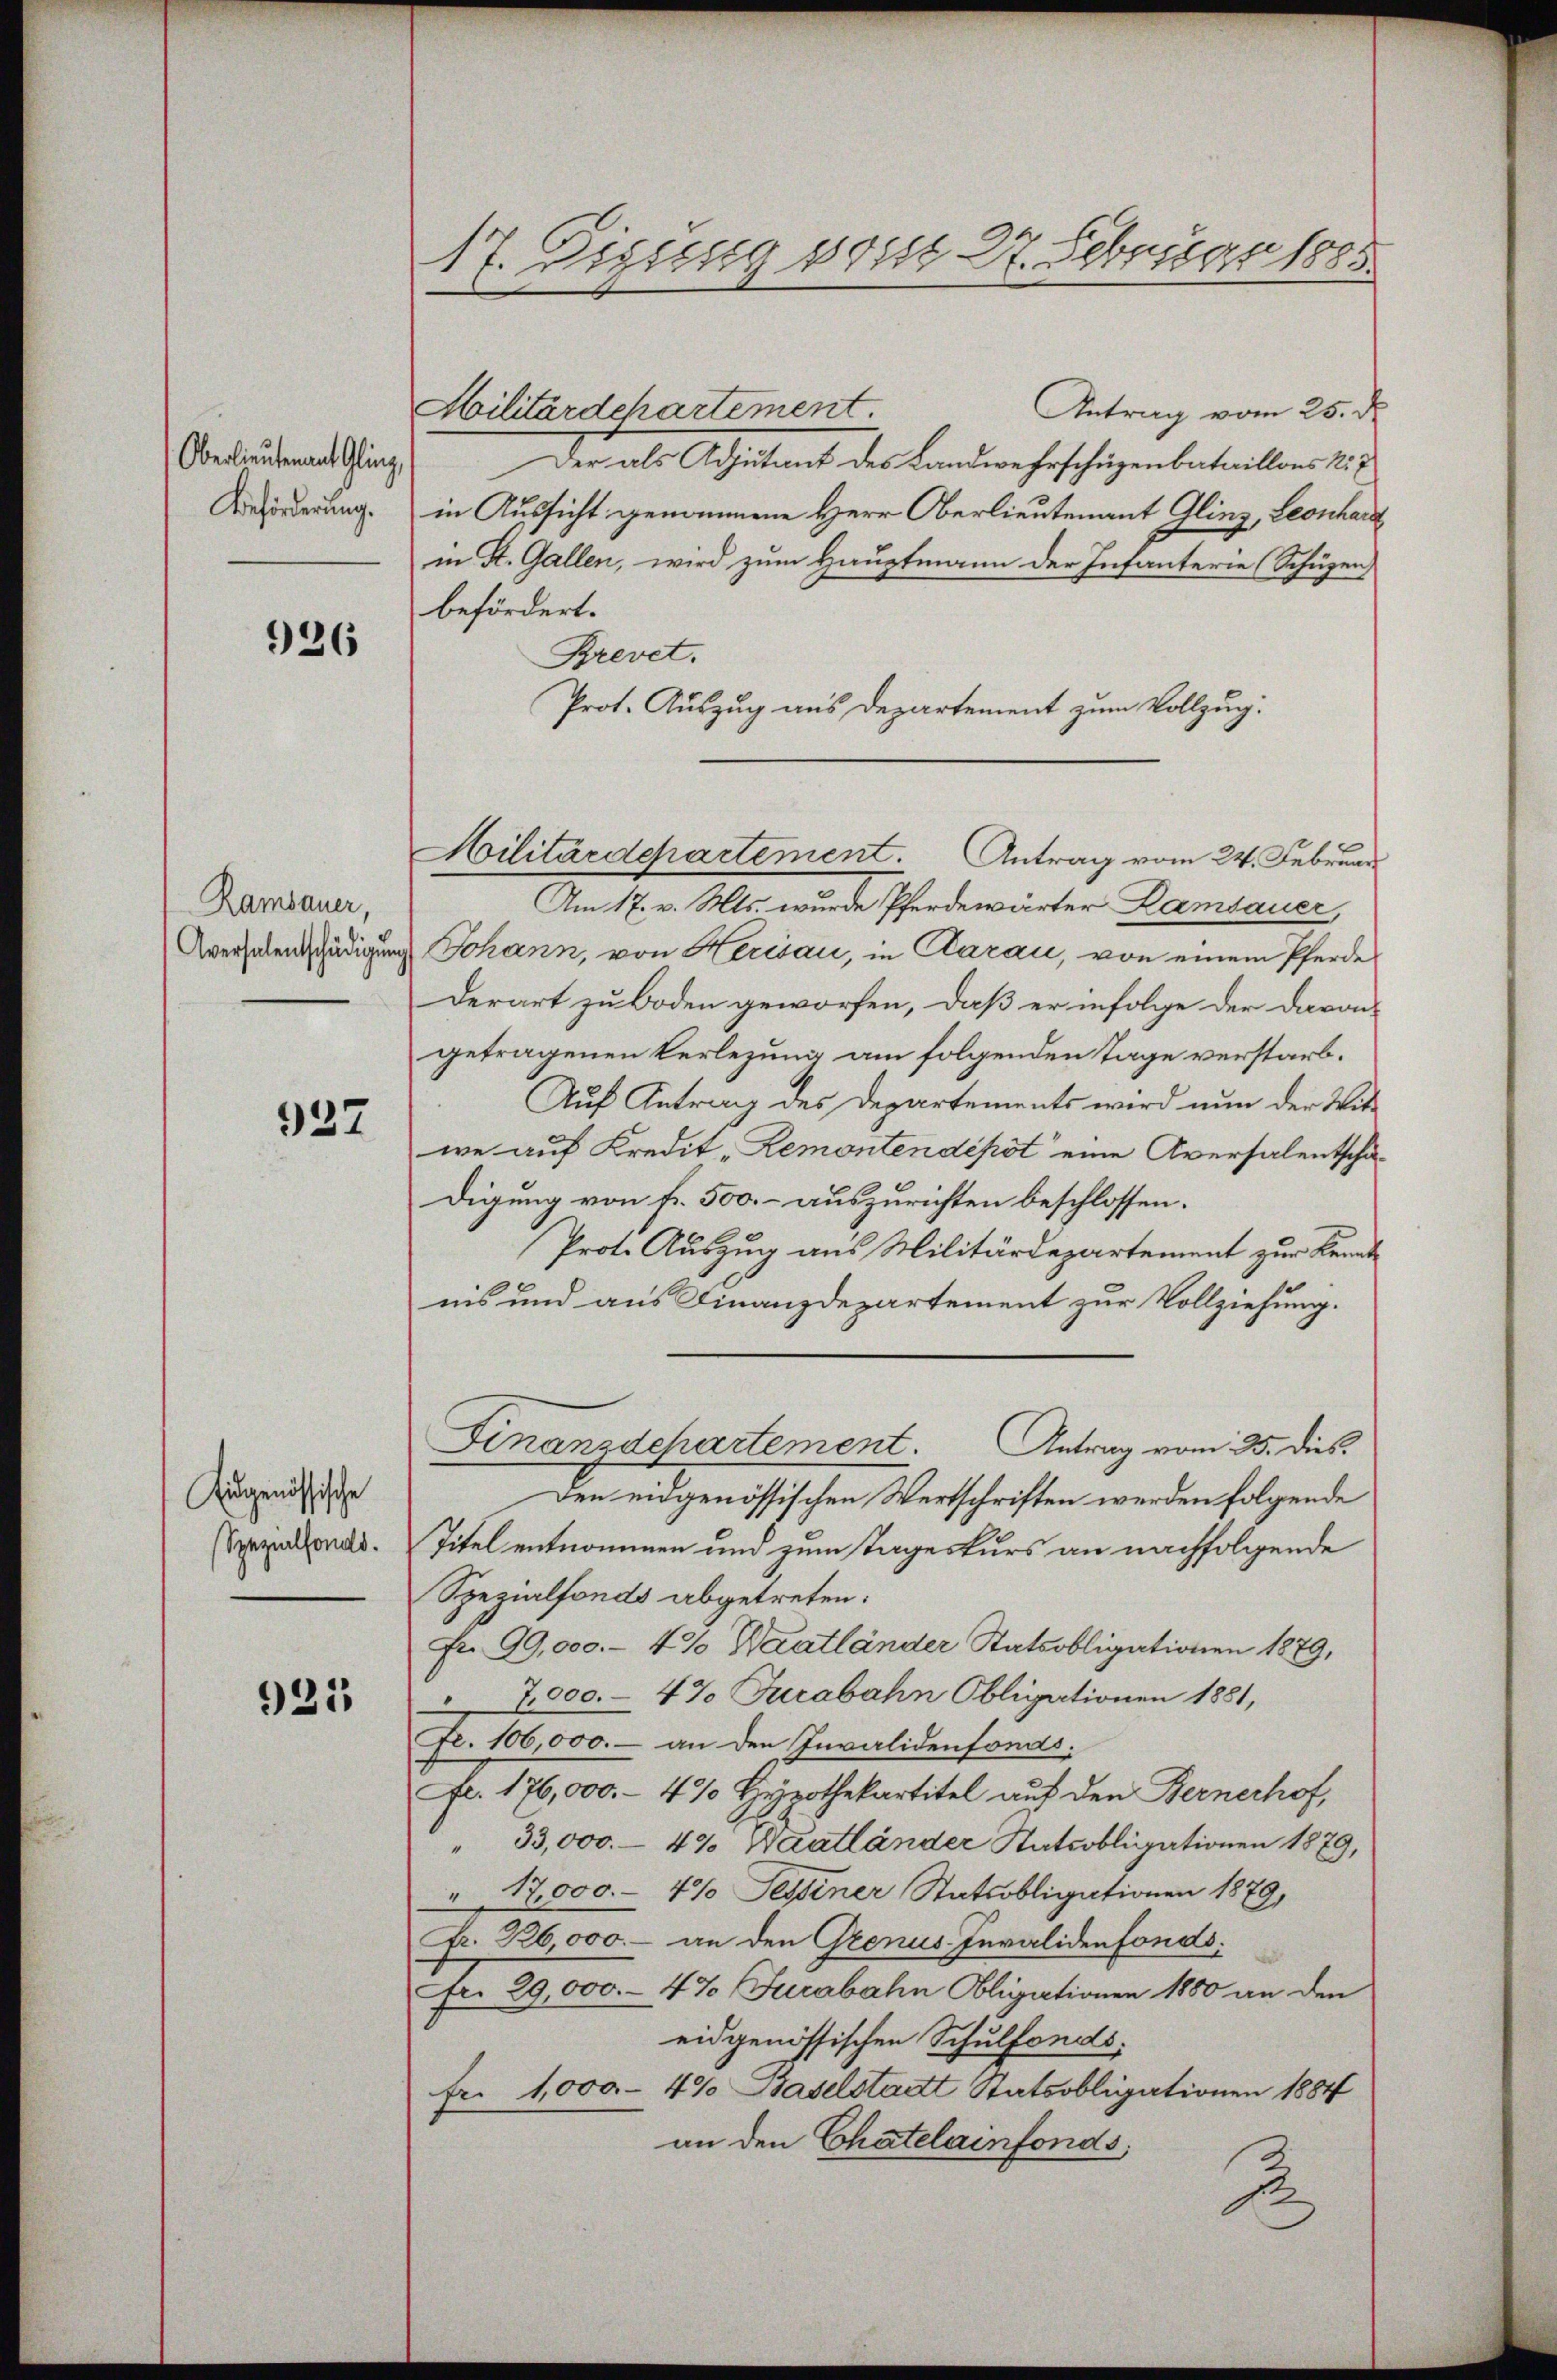
Oberlieutenant Gling,
Beförderung.

926

Rambauer,
Aversalentschädigung

937

Eidgenössische
Spezialfonds.

921

17. Disseng post 27. Februar 1885.

Militärdehartement

Antrag vom 25. d.
Der als Adjutant des Landwehrschüzenbataillons N. 7
in Aussicht genommene Herr Oberlieutenant Glinz, Leonhardt
in St. Gallen, wird zum Hauptmann der Infanterie (Schüzen,
befördert.
Brevet.
Prot. Auszug aus Departement zum Vollzug.
Am 17. v. Mts. wurde Pferdewärter Lamsauer,
Johann, von Herisau, in Carau, von einem Pferde
Derart zu Boden geworfen, daß er infolge der davon
getragenen Verlegung am folgenden Tage verstarb.
Auf Antrag des Departements wird nun der Witt
we auf Kredit-Remontendepot eine Aversalentschadigung von Fr. 500.- auszurichten beschlossen.
Prot. Auszug aus Militärdepartement zur Kennt-
nis und aus Finanzdepartement zur Vollziehung.
Finanzdchartement. Antrag vom 25. dies
Den eidgenössischen Wertschriften werden folgende
Titel entnommen und zum Tageskurs an nachfolgende
Spezialfonds abgetreten.
Fr. 99,000.- 4% Waatländer Statsobligationen 1879,
" 7000.- 47 Turabahn Obligationen 1881,
Fr. 106,000.- an den Invalidenfonds.
Fr. 176,000.- 4% Hypothekartitel auf den Bernerhof,
" 33,000.- 49 Wäatländer Ratsobligationen 1879,
17,000.- 4% Tessiner Statsobligationen 1879,
Fr. 226000.- an den Genus Invalidenfonds.
Fr. 29,000.- 4% Fucabahn Obligationen 1880 an den
eidgenössischen Schulfondsfr. 1,000 - 49 Baselstadt Statsobligationen 1884
an den Chatelainfonds,
A.

Hilitärdchartement. Antrag vom 24. Februar